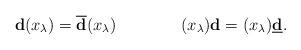
LaTeX: \begin{align*}\mathbf{d}(x_\lambda)=\overline{\mathbf{d}}(x_\lambda)\qquad\qquad(x_\lambda)\mathbf{d}=(x_\lambda)\underline{\mathbf{d}}.\end{align*}